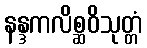
နန္ဒကလိစ္ဆဝိသုတ္တံ